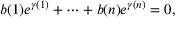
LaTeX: b ( 1 ) e ^ { \gamma ( 1 ) } + \cdots + b ( n ) e ^ { \gamma ( n ) } = 0 ,